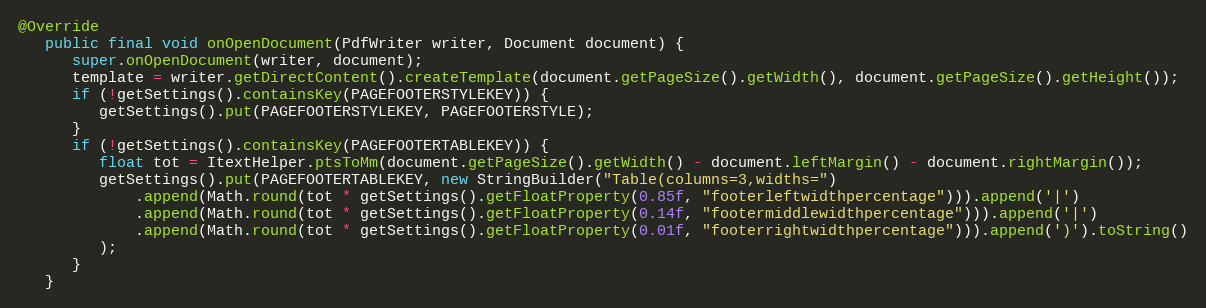
Language: Java
@Override
   public final void onOpenDocument(PdfWriter writer, Document document) {
      super.onOpenDocument(writer, document);
      template = writer.getDirectContent().createTemplate(document.getPageSize().getWidth(), document.getPageSize().getHeight());
      if (!getSettings().containsKey(PAGEFOOTERSTYLEKEY)) {
         getSettings().put(PAGEFOOTERSTYLEKEY, PAGEFOOTERSTYLE);
      }
      if (!getSettings().containsKey(PAGEFOOTERTABLEKEY)) {
         float tot = ItextHelper.ptsToMm(document.getPageSize().getWidth() - document.leftMargin() - document.rightMargin());
         getSettings().put(PAGEFOOTERTABLEKEY, new StringBuilder("Table(columns=3,widths=")
             .append(Math.round(tot * getSettings().getFloatProperty(0.85f, "footerleftwidthpercentage"))).append('|')
             .append(Math.round(tot * getSettings().getFloatProperty(0.14f, "footermiddlewidthpercentage"))).append('|')
             .append(Math.round(tot * getSettings().getFloatProperty(0.01f, "footerrightwidthpercentage"))).append(')').toString()
         );
      }
   }